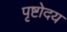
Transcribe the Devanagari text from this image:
पृष्टोदय